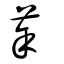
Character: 莘